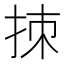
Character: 拺